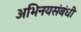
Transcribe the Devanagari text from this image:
अभिनयसंबंधी